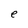
Character: e